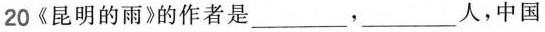
20《昆明的雨》的作者是___，___人，中国